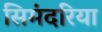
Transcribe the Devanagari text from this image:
सिमंदरिया